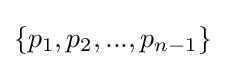
\{p_{1},p_{2},...,p_{n-1}\}